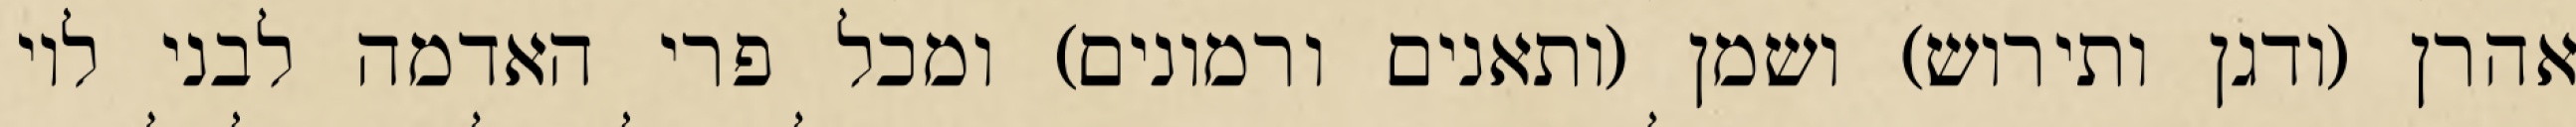
אהרן (ודגן ותירוש) ושמן (ותאנים ורמונים) ומכל פרי האדמה לבני לוי